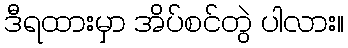
ဒီရထားမှာ အိပ်စင်တွဲ ပါလား။